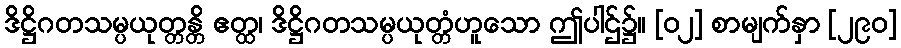
ဒိဋ္ဌိဂတသမ္ပယုတ္တန္တိ ဧတ္ထ၊ ဒိဋ္ဌိဂတသမ္ပယုတ္တံဟူသော ဤပါဌ်၌။ [၀၂] စာမျက်နှာ [၂၉၀]